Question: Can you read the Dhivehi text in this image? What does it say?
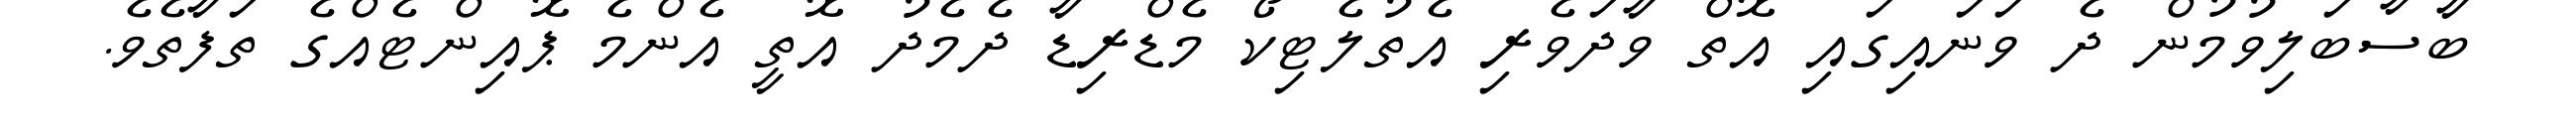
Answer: ބާސާބަލިވުމުން ދެ ވަނައިގައި އޮތް ވާދަވެރި އެތުލެޓިކޯ މެޑްރިޑާ ދެމެދު އޮތީ އެންމެ ޕޮއިންޓެއްގެ ތަފާތެވެ.